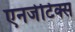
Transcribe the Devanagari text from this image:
एनर्जेटिक्स